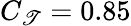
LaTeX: C_{\mathscr{T}}=0.85